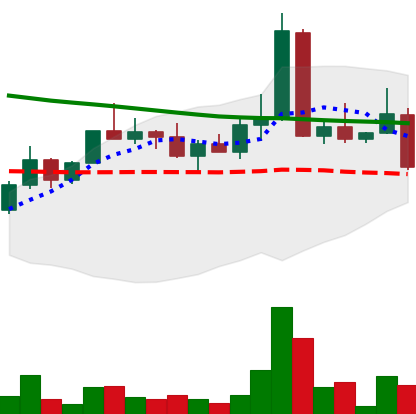
Ticker: DOGE-USD
Chart end date: 2022-04-11
Forward return: 6.727%
Label: up_5_7